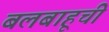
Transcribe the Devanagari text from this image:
बलबाहूची